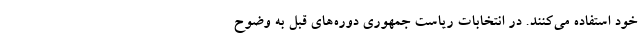
خود استفاده می‌کنند. در انتخابات ریاست جمهوری دوره‌های قبل به وضوح